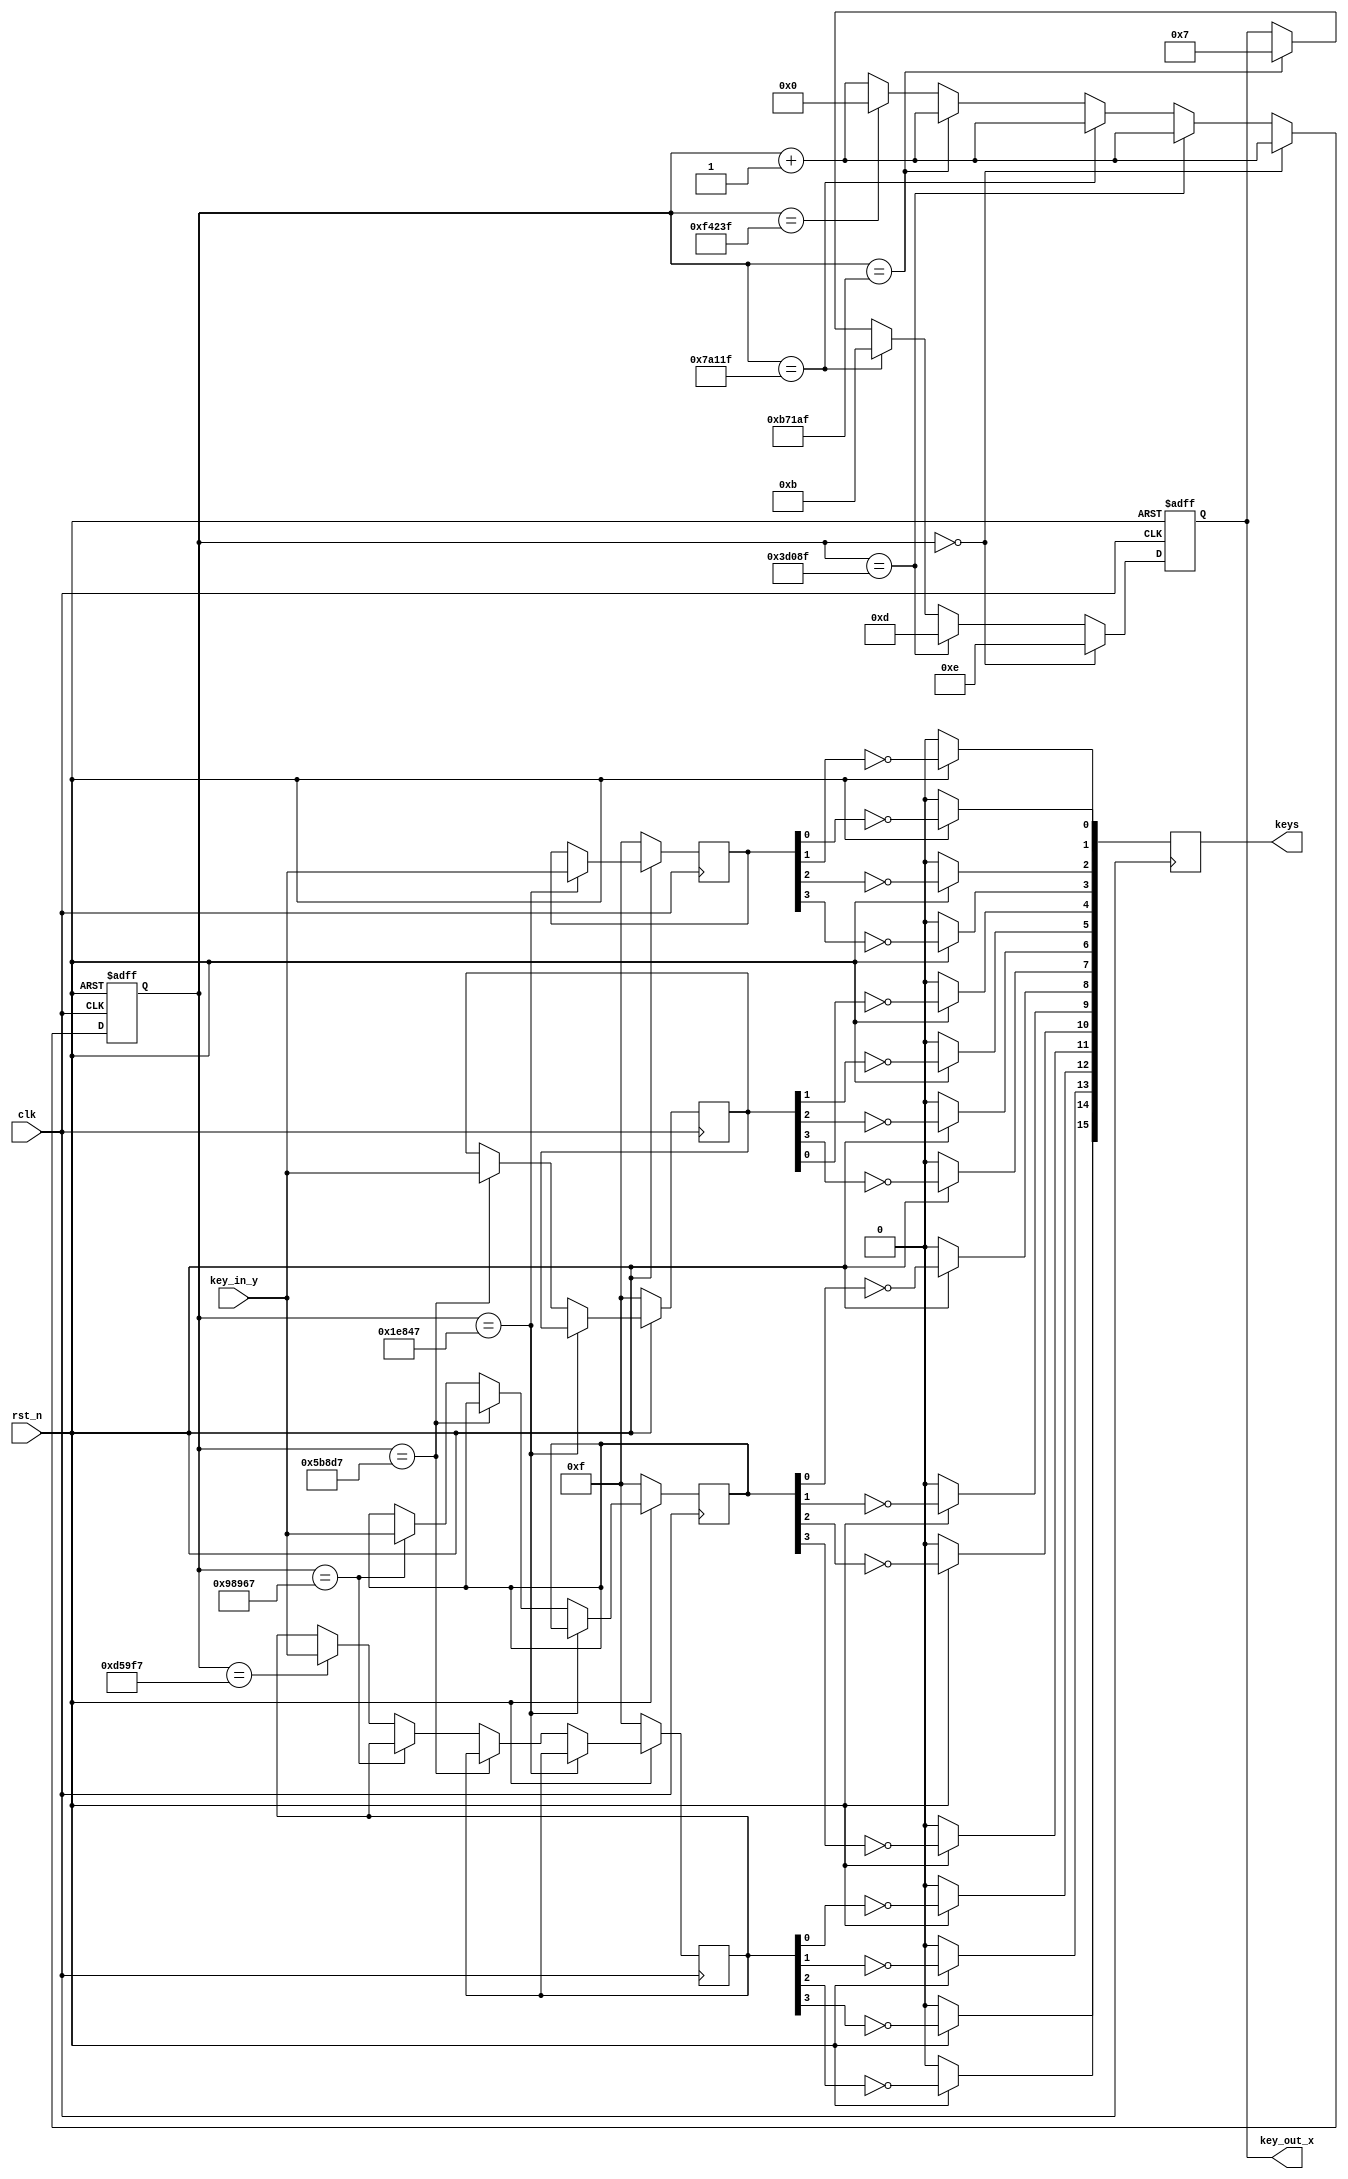
/**
*	16keys
*/

module key_converter(
	input 			clk,              // : 50Mhz
	input				rst_n,            // 
	input	 [3:0]	key_in_y,         // (KEY0~KEY3)
	output reg [3:0]	key_out_x,        // (KEY4~KEY7)							
	output reg [16:1] 	keys
);

//
reg [19:0] count;

//==============================================
// 20ms,
//==============================================
always @(posedge clk or negedge rst_n)     //
begin
   if(!rst_n) begin               //
      count <= 20'd0;        //0
      key_out_x <= 4'b1111;  
   end		
   else begin
	       if(count == 20'd0)           //0ms
            begin
               key_out_x <= 4'b1110;   //,0
					count <= count + 20'b1; //1
            end
         else if(count == 20'd249_999) //5ms,5ms(50M/200-1=249_999)
            begin
               key_out_x <= 4'b1101;   //,0
					count <= count + 20'b1; //1
            end				
			else if(count ==20'd499_999)   //10ms,10ms(50M/100-1=499_999)
            begin
               key_out_x <= 4'b1011;   //,0
					count <= count + 20'b1; //1
            end	
			else if(count ==20'd749_999)   //15ms,15ms(50M/67.7-1=749_999)
            begin
               key_out_x <= 4'b0111;   //,0
					count <= count + 20'b1; //1
            end				
         else if(count ==20'd999_999)  //20ms(50M/50-1=999_999)
			   begin
               count <= 0;             //0
            end	
	      else
				count <= count + 20'b1;    //1
			
     end
end
//====================================================
// 
//====================================================
reg [3:0] key_h1_scan;    //KEY
reg [3:0] key_h1_scan_r;  //KEY
reg [3:0] key_h2_scan;    //KEY
reg [3:0] key_h2_scan_r;  //KEY
reg [3:0] key_h3_scan;    //KEY
reg [3:0] key_h3_scan_r;  //KEY
reg [3:0] key_h4_scan;    //KEY
reg [3:0] key_h4_scan_r;  //KEY
always @(posedge clk)
	begin
		if(!rst_n) begin               //
			key_h1_scan <= 4'b1111;     
			key_h2_scan <= 4'b1111;          
			key_h3_scan <= 4'b1111;          
			key_h4_scan <= 4'b1111;        
		end		
		else begin
		  if(count == 20'd124_999)           //2.5ms
			   key_h1_scan<=key_in_y;         //
		  else if(count == 20'd374_999)      //7.5ms
			   key_h2_scan<=key_in_y;         //
		  else if(count == 20'd624_999)      //12.5ms
			   key_h3_scan<=key_in_y;         //
		  else if(count == 20'd874_999)      //17.5ms
			   key_h4_scan<=key_in_y;         // 
		end
end


always @(posedge clk)
	begin
		if (!rst_n)	
			begin
				keys <= 0;
			end
		else	
			begin
				keys[1] <= ~key_h1_scan[0];
				keys[2] <= ~key_h1_scan[1];
				keys[3] <= ~key_h1_scan[2];
				keys[4] <= ~key_h1_scan[3];
				keys[5] <= ~key_h2_scan[0];
				keys[6] <= ~key_h2_scan[1];
				keys[7] <= ~key_h2_scan[2];
				keys[8] <= ~key_h2_scan[3];
				keys[9] <= ~key_h3_scan[0];
				keys[10] <= ~key_h3_scan[1];
				keys[11] <= ~key_h3_scan[2];
				keys[12] <= ~key_h3_scan[3];
				keys[13] <= ~key_h4_scan[0];
				keys[14] <= ~key_h4_scan[1];
				keys[15] <= ~key_h4_scan[2];
				keys[16] <= ~key_h4_scan[3];
			end
	end
	

endmodule